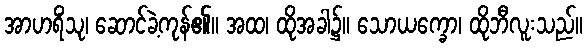
အာဟရိံသု၊ ဆောင်ခဲ့ကုန်၏။ အထ၊ ထိုအခါ၌။ သောယက္ခော၊ ထိုဘီလူးသည်။